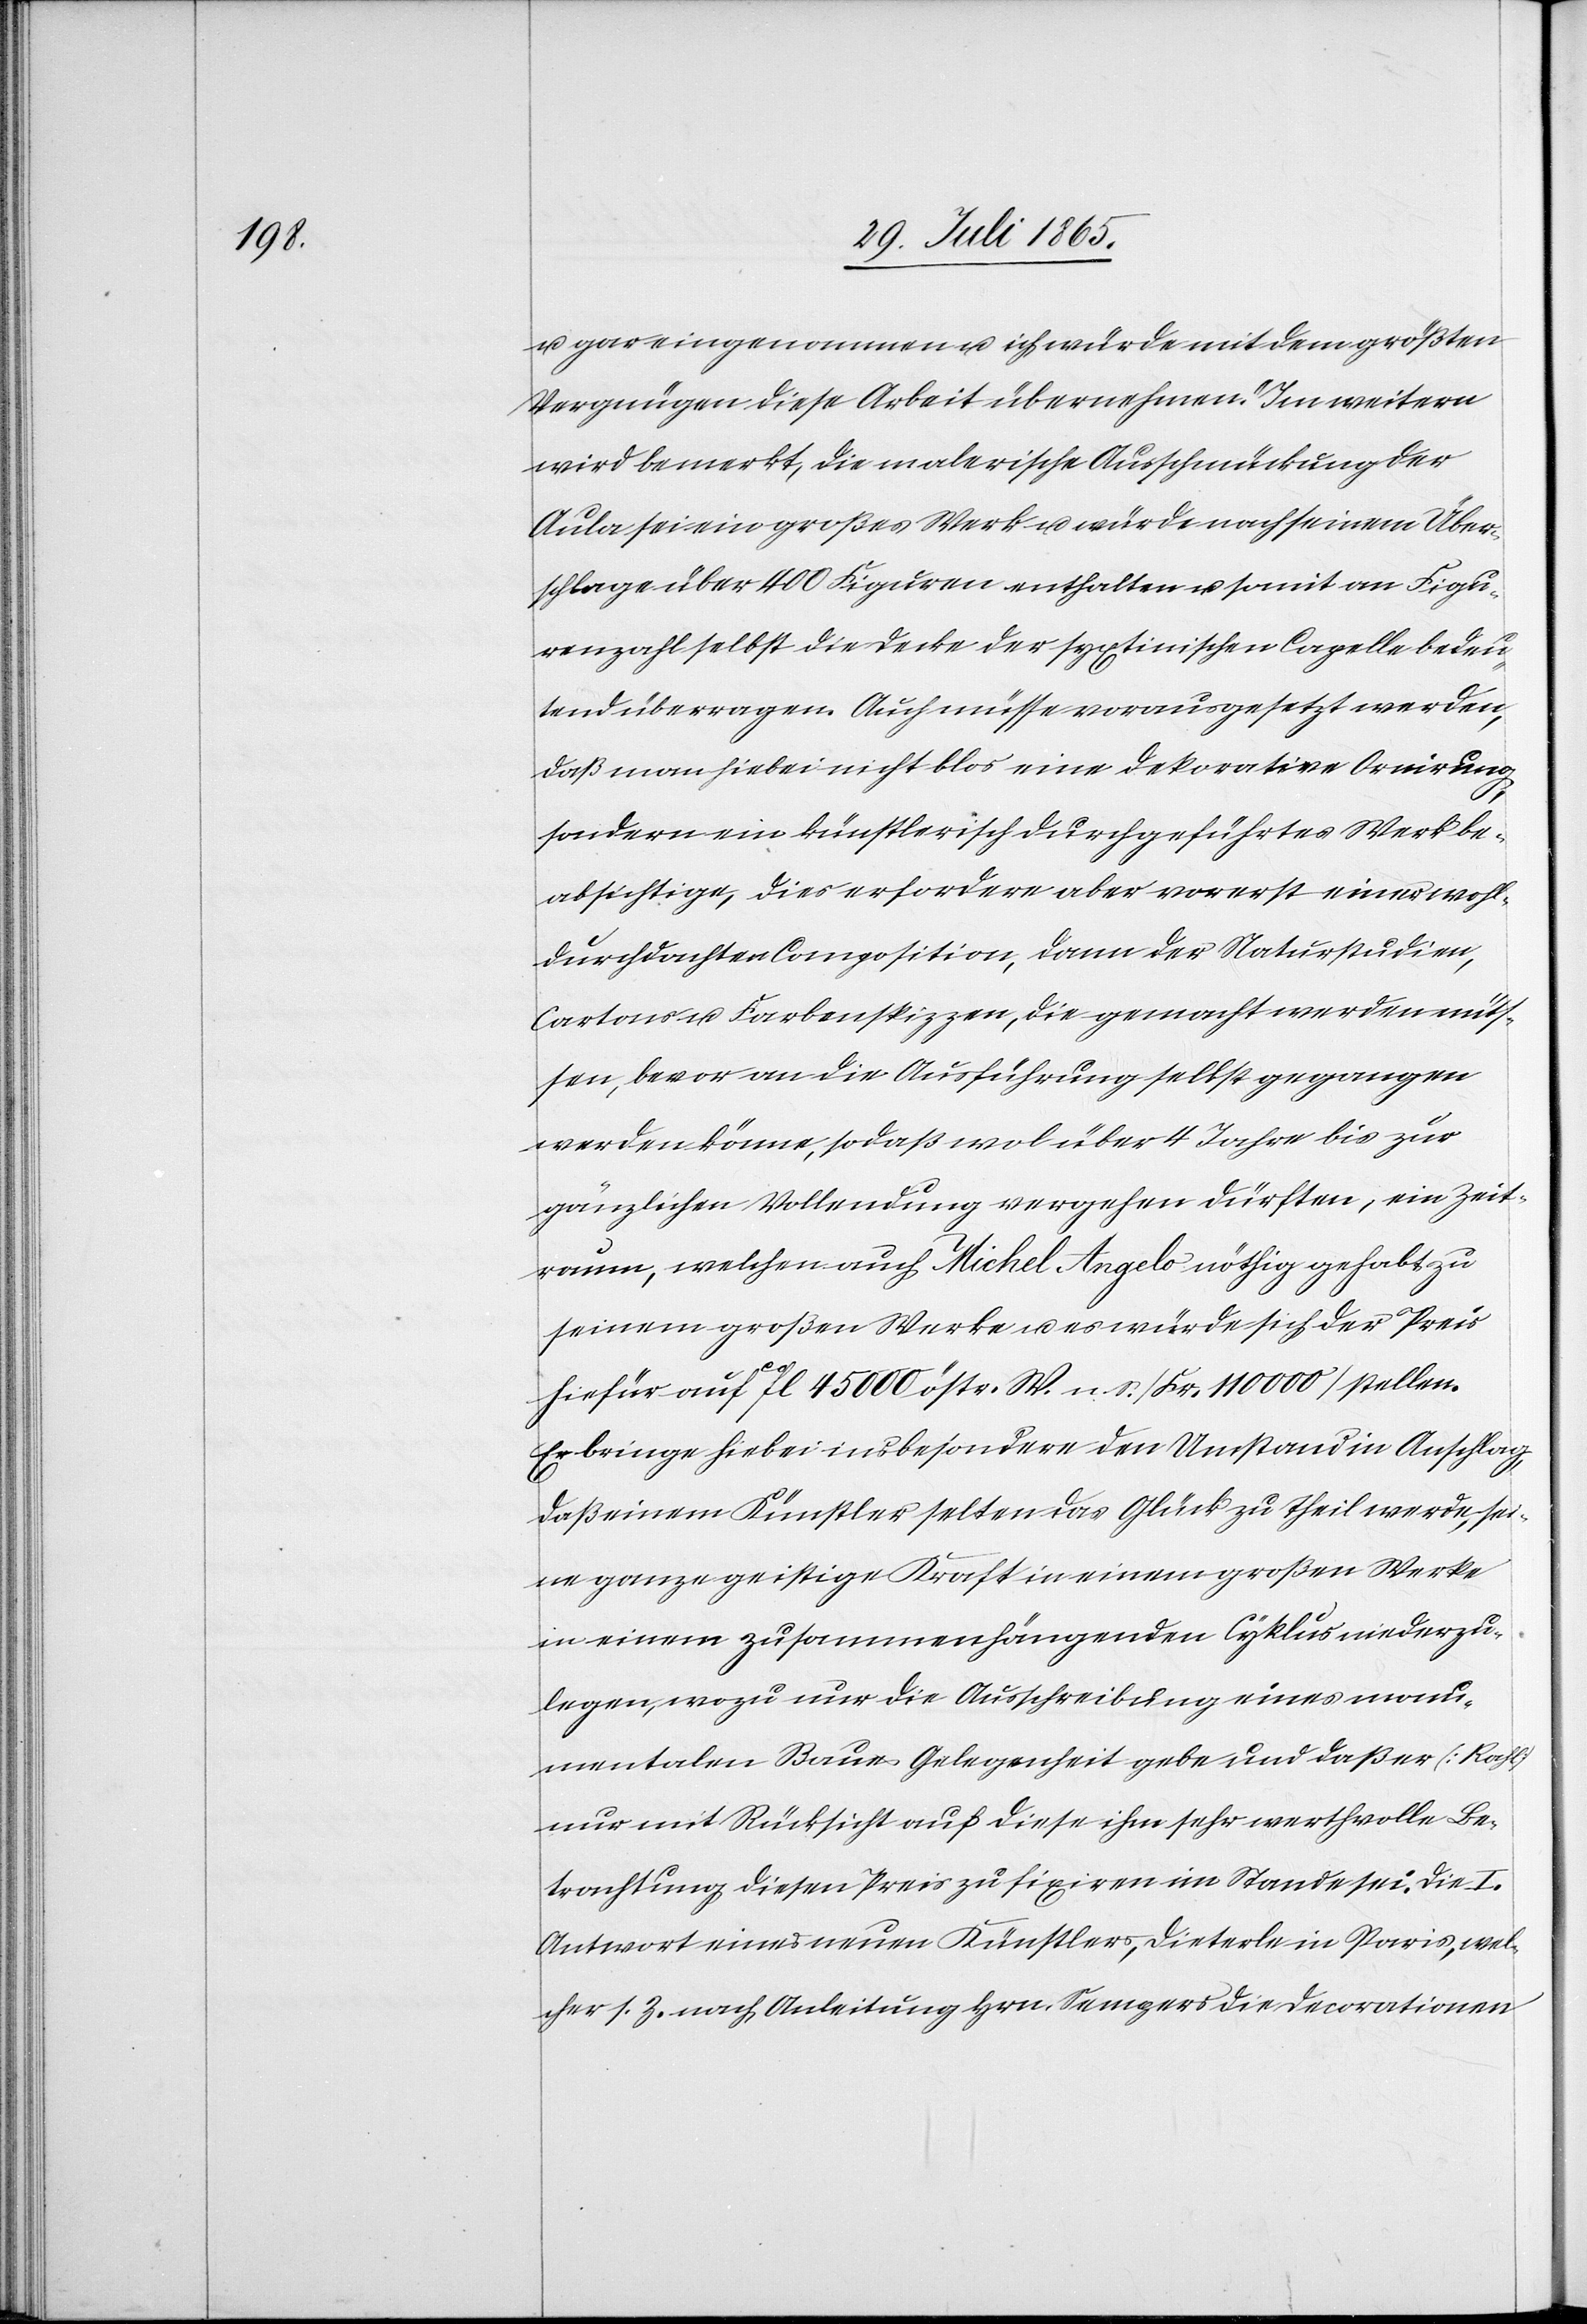
u. gar eingenommen u. ich würde mit dem größten
Vergnügen diese Arbeit übernehmen.“ Im weitern
wird bemerkt, die malerische Ausschmückung der
Aula sei ein großes Werk u. würde nach seinem Über¬
schlage über 400 Figuren enthalten u. somit an Figu¬
renzahl selbst die Decke der sextinischen Capelle bedeu¬
tend überragen. Auch müsse vorausgesetzt werden,
daß man hiebei nicht blos eine dekorative Ornirung,
sondern ein künstlerisch durchgeführtes Werk be¬
absichtige, dies erfordere aber vorerst einer wohl¬
durchdachten Composition, dann der Naturstudien,
Cartons u. Farbenskizzen, die gemacht werden müs¬
sen, bevor an die Ausführung selbst gegangen
werden könne, so daß wol über 4 Jahre bis zur
gänzlichen Vollendung vergehen dürften, ein Zeit¬
raum, welchen auch Michel Angelo nöthig gehabt zu
seinem großen Werke u. es würde sich der Preis
hiefür auf ca fl 45 000 östr. W. n. S. [Fr. 110 000] stellen.
Er bringe hiebei insbesondere den Umstand in Anschlag,
daß einem Künstler selten das Glück zu Theil werde, sei¬
ne ganze geistige Kraft in einem großen Werke
in einem zusammenhängenden Cyklus niederzu¬
legen, wozu nur die Ausschreibung eines monu¬
mentalen Baues Gelegenheit gebe und daß er [Kahl]
nur mit Rücksicht auf diese ihm sehr werthvolle Be¬
trachtung diesen Preis zu fixiren im Stande sei. Die I.
Antwort eines neuen Künstlers, Dieterle in Paris, wel¬
cher s. Z. nach Anleitung Hrn. Sempers die Decorationen